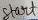
Text: Start